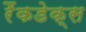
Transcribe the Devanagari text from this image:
रैंकडेक्स